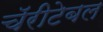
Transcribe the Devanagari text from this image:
चॅरीटेबल